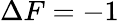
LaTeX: \Delta F=-1